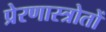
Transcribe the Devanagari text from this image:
प्रेरणास्त्रोतों